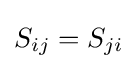
S_{ij}=S_{ji}